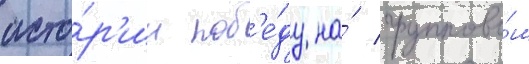
исто́р'ии поб'е́ду на́ группово́м